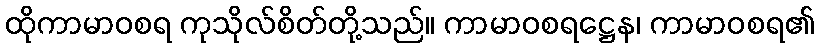
ထိုကာမာဝစရ ကုသိုလ်စိတ်တို့သည်။ ကာမာဝစရဋ္ဌေန၊ ကာမာဝစရ၏